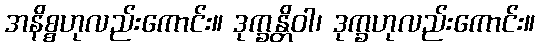
အနိစ္စဟုလည်းကောင်း။ ဒုက္ခန္တိဝါ၊ ဒုက္ခဟုလည်းကောင်း။